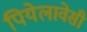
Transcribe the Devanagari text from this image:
पियेलावेसी